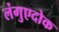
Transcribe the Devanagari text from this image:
लंगुएदोक